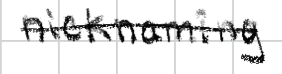
Text: nicknaming
Cross-out: mix
Writing tool: digital_black